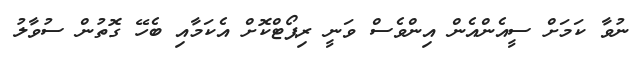
ނުވާ ކަމަށް ސީއެންއެން އިންވެސް ވަނީ ރިޕޯޓްކޮށް އެކަމާއި ބެހޭ ގޮތުން ސުވާލު